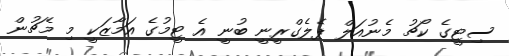
ސިޓީގެ ކޯޗު މެނުއަލް ޕެލެގްރީނީ ބުނީ އެ ޓީމުގެ އަމާޒަކީ މި މެޗުން